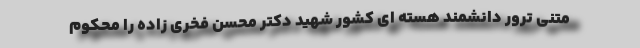
متنی ترور دانشمند هسته ای کشور شهید دکتر محسن فخری زاده را محکوم